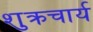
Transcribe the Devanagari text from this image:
शुक्रचार्य